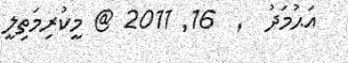
އަޙުމަދު